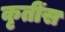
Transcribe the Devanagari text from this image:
कृतींस